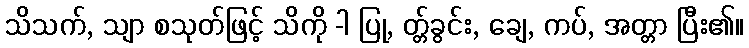
သိသက်, သျာ စသုတ်ဖြင့် သိကို -ါ ပြု, တ္တ်ခွင်း, ချေ, ကပ်, အတ္တာ ပြီး၏။